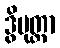
ဒွိပုတ္တာ